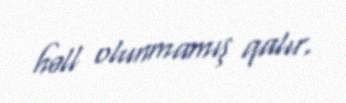
həll olunmamış qalır.